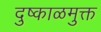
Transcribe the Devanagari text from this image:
दुष्काळमुक्त